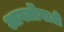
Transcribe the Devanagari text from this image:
आवर्तोंवाले